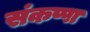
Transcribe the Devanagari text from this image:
संकप्पा